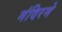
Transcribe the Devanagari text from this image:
मंदिरमे